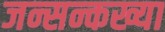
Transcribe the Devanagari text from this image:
जन्सन्कख्या